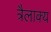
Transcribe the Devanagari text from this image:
त्रैलाक्य